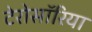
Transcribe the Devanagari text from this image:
टेरोसॉरिया